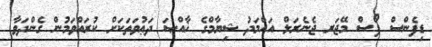
ޑިފެންސް ފޯސް މޭޖަރ ޖެނެރަލް އަޙްމަދު ޝިޔާމްގެ ޚާއްޞަ ދަޢުވަތަކަށް ކުރައްވަމުން ގެންދަވާ